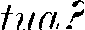
tua?